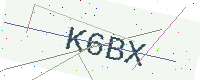
Text: K6BX